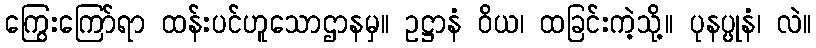
ကြွေးကြော်ရာ ထန်းပင်ဟူသောဌာနမှ။ ဥဋ္ဌာနံ ဝိယ၊ ထခြင်းကဲ့သို့။ ပုနပ္ပုနံ၊ လဲ။